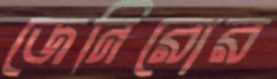
জেনিরোর